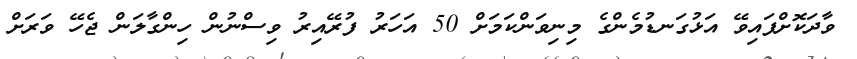
ވާދަކޮށްފައިވޭ އަޅުގަނޑުމެންގެ މިނިވަންކަމަށް 50 އަހަރު ފުރޭއިރު ވިސްނުން ހިންގާލަން ޖެހޭ ވަރަށް